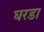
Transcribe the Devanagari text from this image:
घरडा